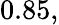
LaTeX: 0.85,